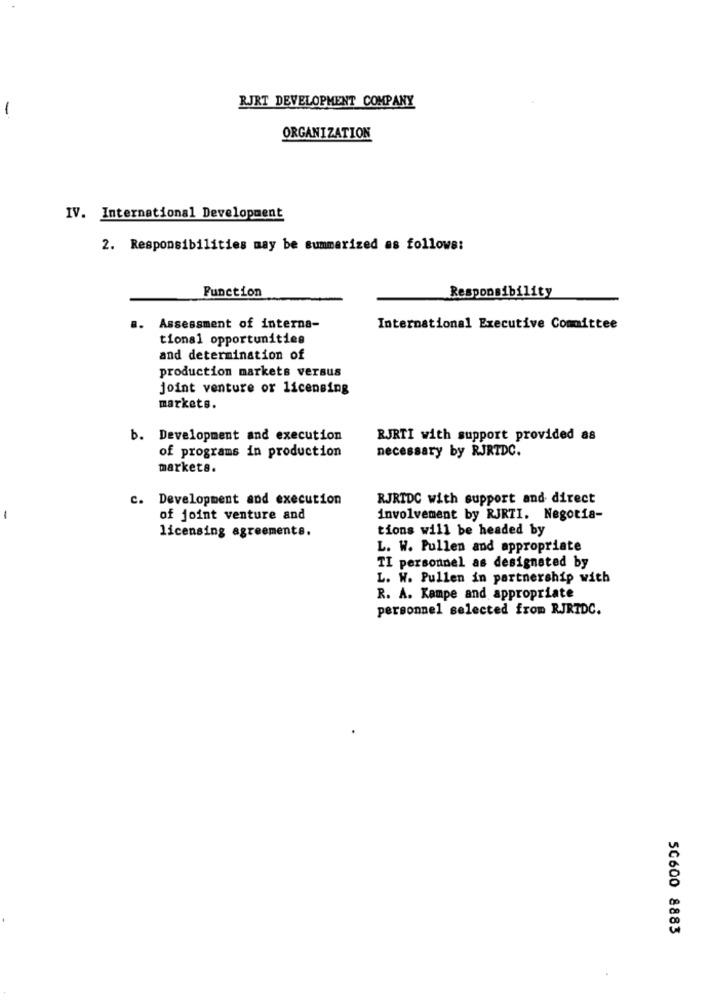
RJRT DEVELOPMENT COMPANY
-
ORGANIZATION
IV. International Development
2. Responsibilities may be summarized as follows:
Function
Responsibility
.. Assessment of interna-
International Executive Committee
tional opportunities
and determination of
production markets versus
joint venture or licensing
markets.
b. Development and execution
RJRTI with support provided as
of programs in production
necessary by RJRTDC.
markets.
c. Development and execution
RJRTDC with support and direct
-
of joint venture and
involvement by RJRTI. Negotia-
licensing agreements.
tions will be headed by
L. W. Pullen and appropriate
TI personnel as designated by
L. W. Pullen in partnership with
R. A. Kampe and appropriate
personnel selected from RJRTDC.
50600 8883